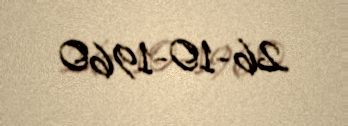
26-10-1960